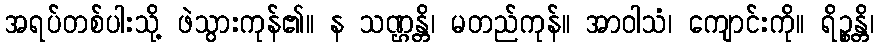
အရပ်တစ်ပါးသို့ ဖဲသွားကုန်၏။ န သဏ္ဌန္တိ၊ မတည်ကုန်။ အာဝါသံ၊ ကျောင်းကို။ ရိဉ္စန္တိ၊